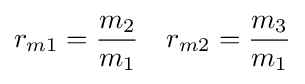
r_{m1}={\frac {m_{2}}{m_{1}}}\quad r_{m2}={\frac {m_{3}}{m_{1}}}